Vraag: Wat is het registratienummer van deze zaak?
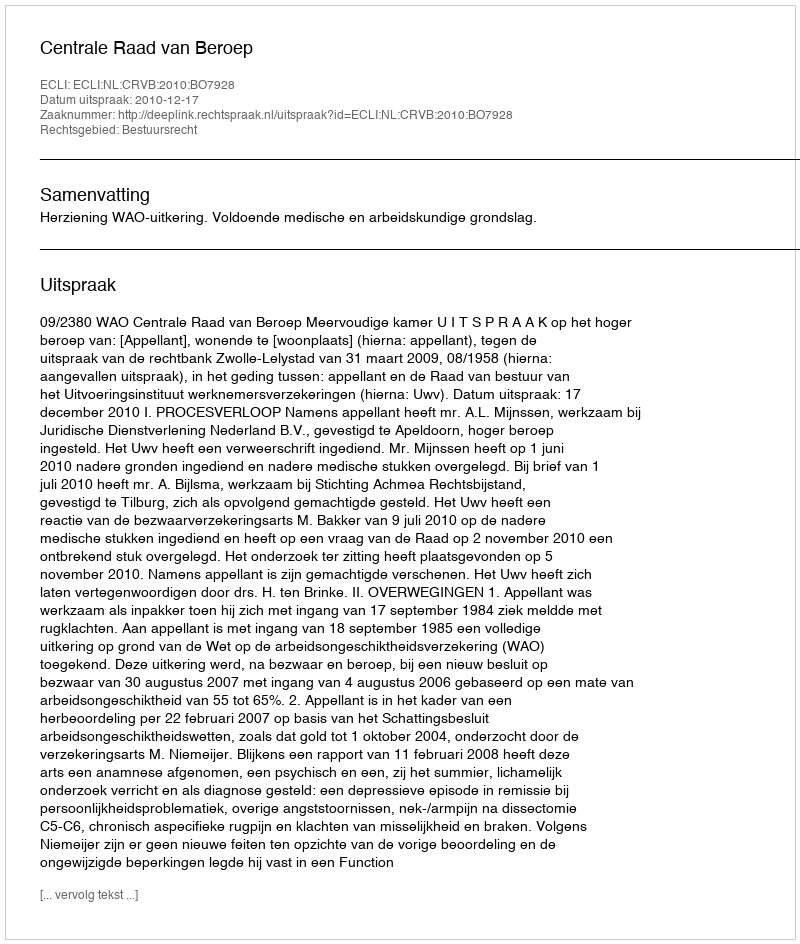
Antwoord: http://deeplink.rechtspraak.nl/uitspraak?id=ECLI:NL:CRVB:2010:BO7928